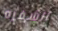
الشفره